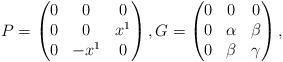
\begin{align*}P=\begin{pmatrix}0&0&0\cr0&0&x^1\cr0&-x^1&0\end{pmatrix},G=\begin{pmatrix}0&0&0\cr0&\alpha&\beta\cr0&\beta&\gamma\end{pmatrix},\end{align*}